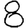
Digit: 8